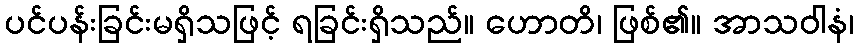
ပင်ပန်းခြင်းမရှိသဖြင့် ရခြင်းရှိသည်။ ဟောတိ၊ ဖြစ်၏။ အာသဝါနံ၊